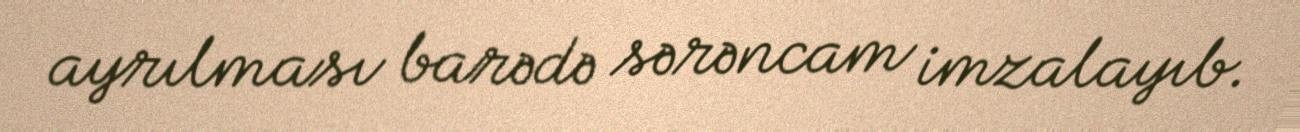
ayrılması barədə sərəncam imzalayıb.